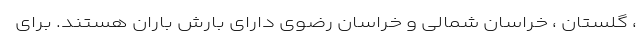
، گلستان ، خراسان شمالی و خراسان رضوی دارای بارش باران هستند. برای